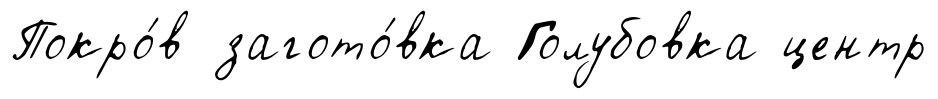
Покро́в загото́вка Голубовка центр